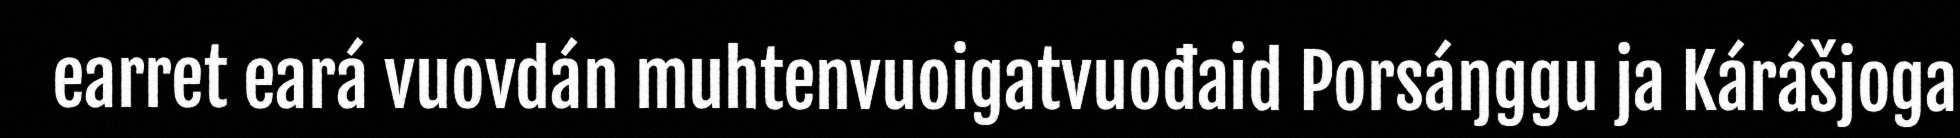
earret eará vuovdán muhtenvuoigatvuođaid Porsáŋggu ja Kárášjoga